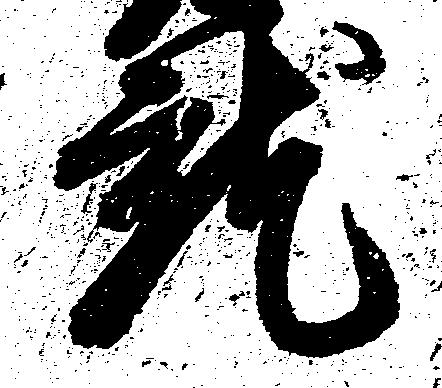
就